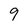
Character: 9